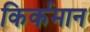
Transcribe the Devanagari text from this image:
किर्कमान